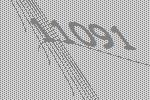
11091